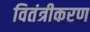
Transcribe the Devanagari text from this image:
वितंत्रीकरण